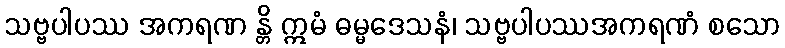
သဗ္ဗပါပဿ အကရဏ န္တိ ဣမံ ဓမ္မဒေသနံ၊ သဗ္ဗပါပဿအကရဏံ စသော